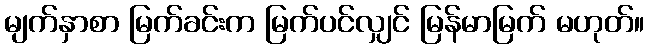
မျက်နှာစာ မြက်ခင်းက မြက်ပင်လျှင် မြန်မာမြက် မဟုတ်။